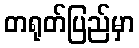
တရုတ်ပြည်မှာ